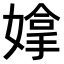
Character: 𫱗